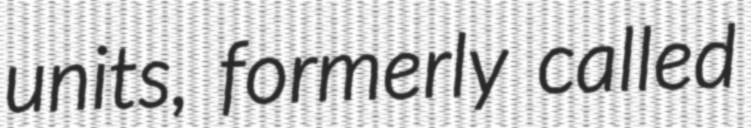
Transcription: units, formerly called